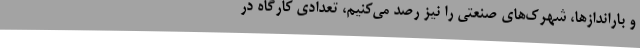
و باراندازها، شهرک‌های صنعتی را نیز رصد می‌کنیم، تعدادی کارگاه در